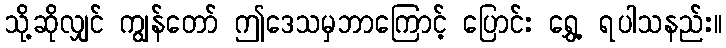
သို့ဆိုလျှင် ကျွန်တော် ဤဒေသမှဘာကြောင့် ပြောင်း ရွှေ့ ရပါသနည်း။